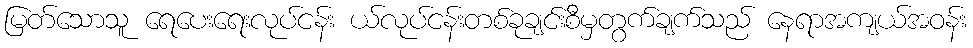
မြတ်သောသူ ရေပေးရေးလုပ်ငန်း ယ်လုပ်ငန်းတစ်ခုချင်းစီမှတွက်ချက်သည် နေရာအကျယ်အဝန်း